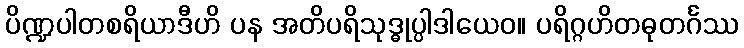
ပိဏ္ဍပါတစရိယာဒီဟိ ပန အတိပရိသုဒ္ဓုပ္ပါဒါယေဝ။ ပရိဂ္ဂဟိတဓုတင်္ဂဿ